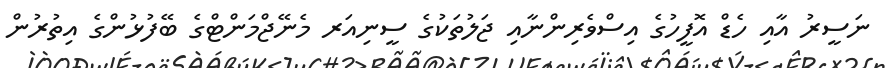
ނަސީރު އާއި ހެޑް އޮފީހުގެ އިސްވެރިންނާއި ޖަލުތަކުގެ ސީނިއަރ މެނޭޖްމަންޓްގެ ބޭފުޅުންގެ އިތުރުން